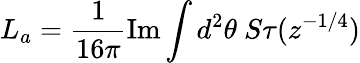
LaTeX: L_{a}=\frac{1}{16\pi}\mathrm{Im}\int d^{2}\theta\ S\tau(z^{-1/4})